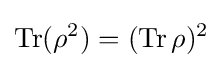
\operatorname {Tr} (\rho ^{2})=(\operatorname {Tr} \rho )^{2}